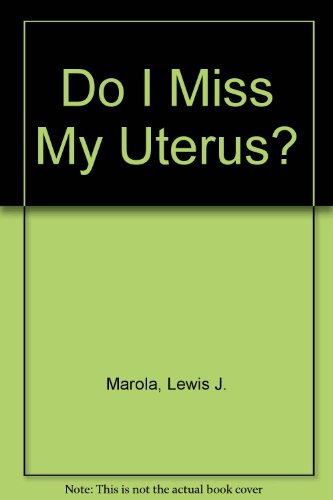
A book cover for Do I Miss My Uterus?: Post-Menstrual Joy; Lewis J. Marola; Health, Fitness & Dieting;